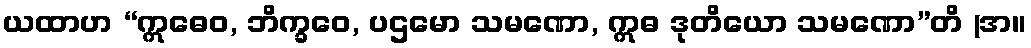
ယထာဟ “ဣဓေဝ, ဘိက္ခဝေ, ပဌမော သမဏော, ဣဓ ဒုတိယော သမဏော”တိ (အ။